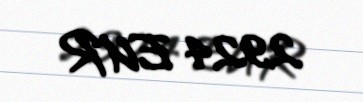
2924 EUR